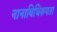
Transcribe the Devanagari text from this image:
नानाविधिरूपता